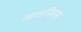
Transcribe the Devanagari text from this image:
लालनिवास